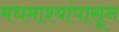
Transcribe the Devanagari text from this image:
मधमाश्यांपासून